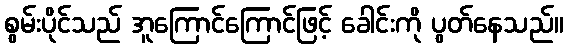
စွမ်းပိုင်သည် အူကြောင်ကြောင်ဖြင့် ခေါင်းကို ပွတ်နေသည်။